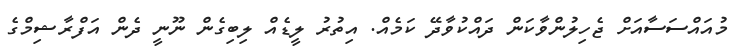
މުއައްސަސާއަށް ޖެހިލުންވާކަން ދައްކުވާދޭ ކަމެއް. އިތުރު ލީޑެއް ލިބިގެން ނޫނީ ދެން އަފްރާޝިމްގެ